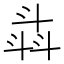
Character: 𣁾